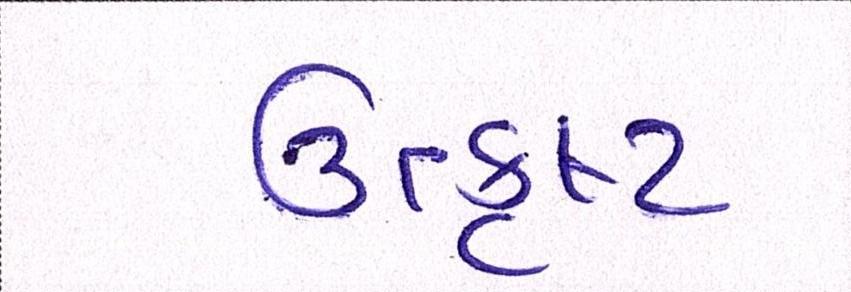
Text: ઉત્કૃષ્ટ